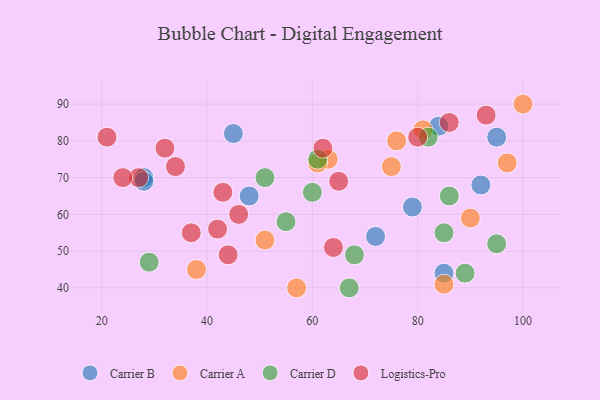
{"axis": {"x": "GDP", "y": "Life Expectancy"}, "legend": ["Carrier A", "Carrier B", "Carrier D", "Logistics-Pro"], "data": [{"x": "79", "y": 62, "type": "Carrier B"}, {"x": "72", "y": 54, "type": "Carrier B"}, {"x": "45", "y": 82, "type": "Carrier B"}, {"x": "85", "y": 44, "type": "Carrier B"}, {"x": "28", "y": 70, "type": "Carrier B"}, {"x": "28", "y": 69, "type": "Carrier B"}, {"x": "48", "y": 65, "type": "Carrier B"}, {"x": "84", "y": 84, "type": "Carrier B"}, {"x": "92", "y": 68, "type": "Carrier B"}, {"x": "95", "y": 81, "type": "Carrier B"}, {"x": "97", "y": 74, "type": "Carrier A"}, {"x": "57", "y": 40, "type": "Carrier A"}, {"x": "63", "y": 75, "type": "Carrier A"}, {"x": "75", "y": 73, "type": "Carrier A"}, {"x": "61", "y": 74, "type": "Carrier A"}, {"x": "100", "y": 90, "type": "Carrier A"}, {"x": "85", "y": 41, "type": "Carrier A"}, {"x": "81", "y": 83, "type": "Carrier A"}, {"x": "76", "y": 80, "type": "Carrier A"}, {"x": "51", "y": 53, "type": "Carrier A"}, {"x": "90", "y": 59, "type": "Carrier A"}, {"x": "38", "y": 45, "type": "Carrier A"}, {"x": "68", "y": 49, "type": "Carrier D"}, {"x": "60", "y": 66, "type": "Carrier D"}, {"x": "82", "y": 81, "type": "Carrier D"}, {"x": "51", "y": 70, "type": "Carrier D"}, {"x": "29", "y": 47, "type": "Carrier D"}, {"x": "85", "y": 55, "type": "Carrier D"}, {"x": "67", "y": 40, "type": "Carrier D"}, {"x": "61", "y": 75, "type": "Carrier D"}, {"x": "89", "y": 44, "type": "Carrier D"}, {"x": "86", "y": 65, "type": "Carrier D"}, {"x": "95", "y": 52, "type": "Carrier D"}, {"x": "55", "y": 58, "type": "Carrier D"}, {"x": "42", "y": 56, "type": "Logistics-Pro"}, {"x": "86", "y": 85, "type": "Logistics-Pro"}, {"x": "32", "y": 78, "type": "Logistics-Pro"}, {"x": "27", "y": 70, "type": "Logistics-Pro"}, {"x": "80", "y": 81, "type": "Logistics-Pro"}, {"x": "64", "y": 51, "type": "Logistics-Pro"}, {"x": "46", "y": 60, "type": "Logistics-Pro"}, {"x": "93", "y": 87, "type": "Logistics-Pro"}, {"x": "65", "y": 69, "type": "Logistics-Pro"}, {"x": "21", "y": 81, "type": "Logistics-Pro"}, {"x": "24", "y": 70, "type": "Logistics-Pro"}, {"x": "37", "y": 55, "type": "Logistics-Pro"}, {"x": "62", "y": 78, "type": "Logistics-Pro"}, {"x": "44", "y": 49, "type": "Logistics-Pro"}, {"x": "34", "y": 73, "type": "Logistics-Pro"}, {"x": "43", "y": 66, "type": "Logistics-Pro"}]}